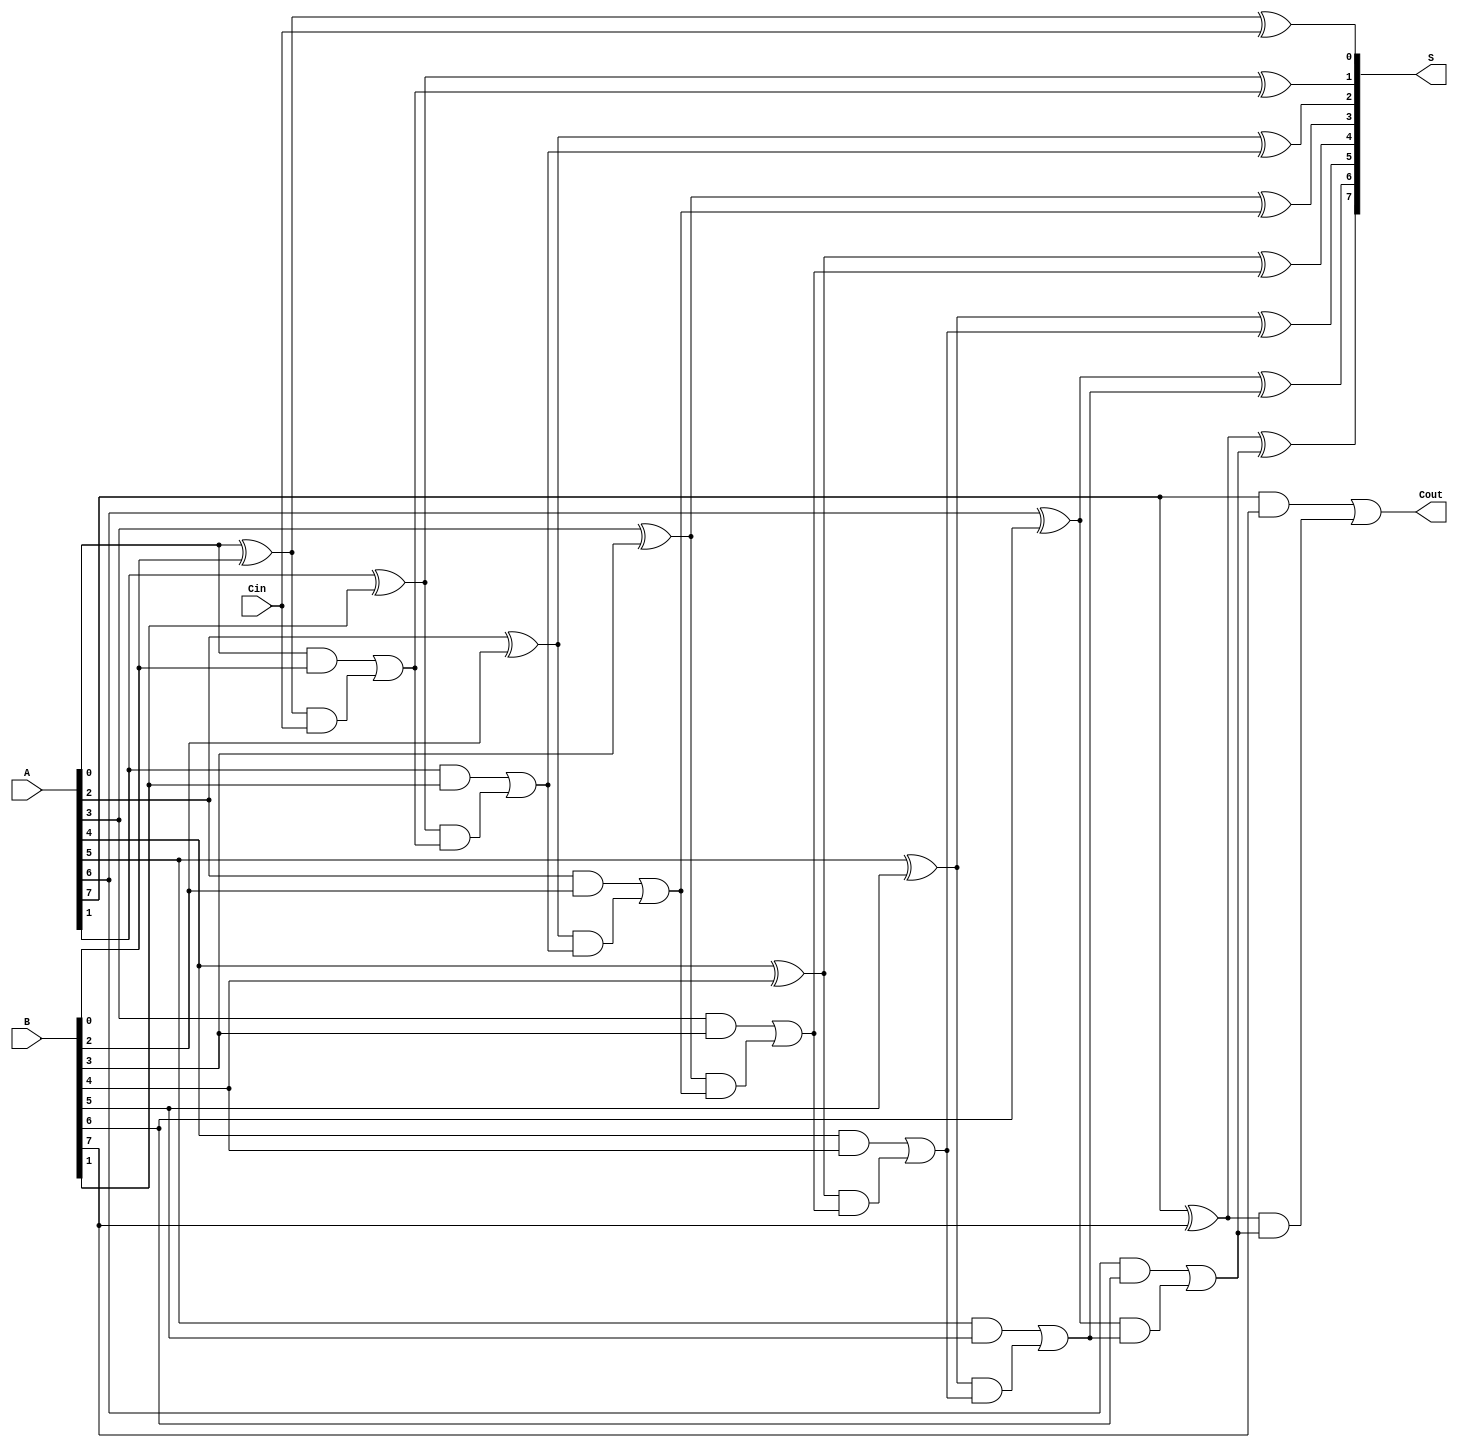
module ManchesterCarryChainAdder #(
    parameter WIDTH = 8  // Parameterized bit-width
)(
    input  [WIDTH-1:0] A,      // First operand
    input  [WIDTH-1:0] B,      // Second operand
    input                Cin,    // Carry input
    output [WIDTH-1:0] S,       // Sum output
    output               Cout     // Carry output
);

    // Intermediate carry signals
    wire [WIDTH:0] carry; // carry[0] is Cin, carry[WIDTH] is Cout

    // Assign the first carry input
    assign carry[0] = Cin;

    // Generate Carry and Sum bits for each bit position
    genvar i;
    generate
        for (i = 0; i < WIDTH; i = i + 1) begin: adders
            // Full Adder using carry propagation logic
            wire sum_bit, g, p; // g = generate, p = propagate

            // Generate and Propagate Logic
            assign g = A[i] & B[i]; // Generate
            assign p = A[i] ^ B[i]; // Propagate

            // Calculate carry for the next stage
            assign carry[i+1] = g | (p & carry[i]);

            // Calculate sum
            assign S[i] = p ^ carry[i];
        end
    endgenerate

    // Final carry out
    assign Cout = carry[WIDTH];

endmodule